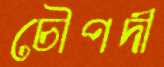
চৌপদী